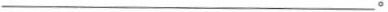
___。